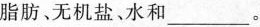
脂肪﹑无机盐、水和___。